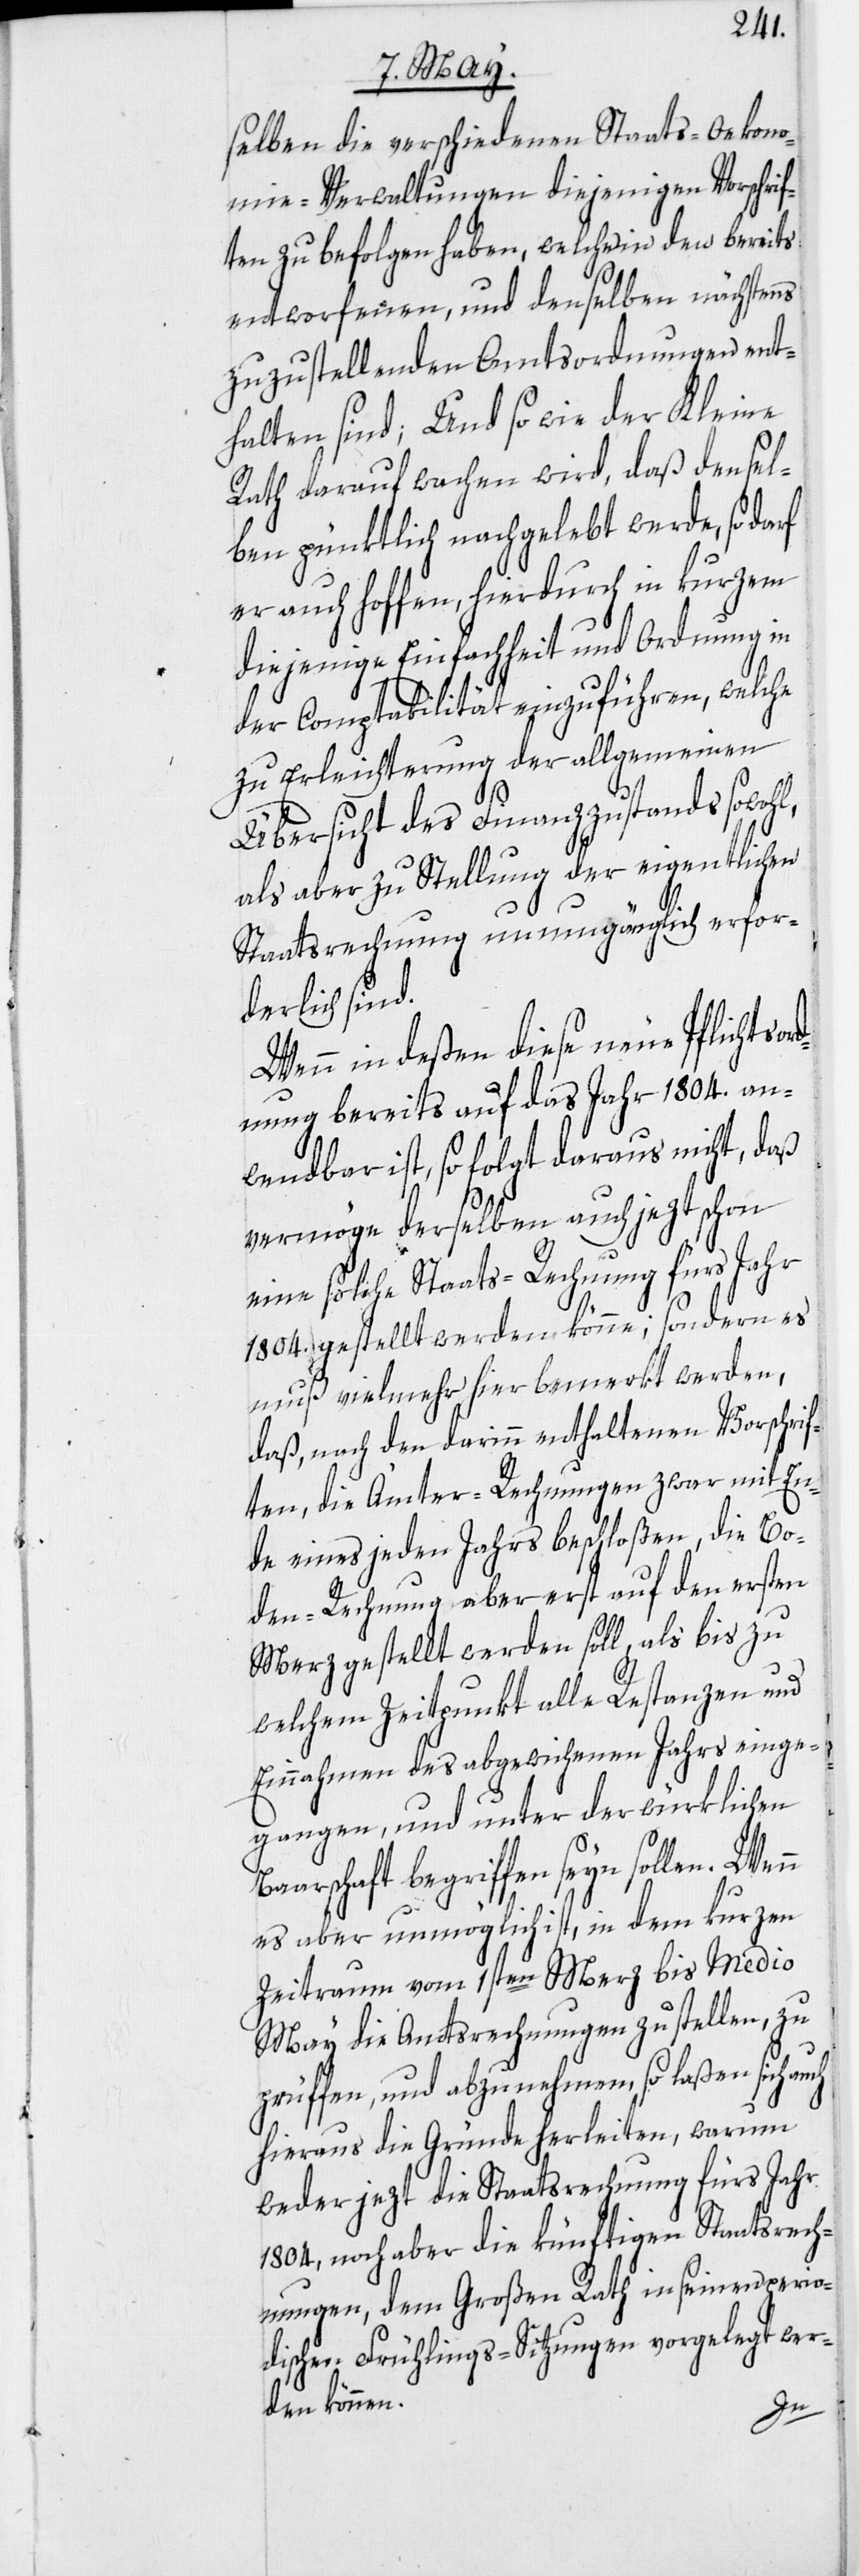
selben die verschiedenen Staats-Oekono¬
mie-Verwaltungen diejenigen Vorschrif¬
ten zu befolgen haben, welche in den bereits
entworfenen, und denselben nächstens
zuzustellenden Amtsordnungen ent¬
halten sind; Und so wie der Kleine
Rath darauf wachen wird, daß densel¬
ben pünktlich nachgelebt werde, so darf
er auch hoffen, hierdurch in kurzem
diejenige Einfachheit und Ordnung in
der Comptabilität einzuführen, welche
zu Erleichterung der allgemeinen
Übersicht des Finanzzustands sowohl,
als aber zu Stellung der eigentlichen
Staatsrechnung unumgänglich erfor¬
derlich sind.
Wenn indeßen diese neue Pflichtsord¬
nung bereits auf das Jahr 1804. an¬
wendbar ist, so folgt daraus nicht, daß
vermöge derselben auch jezt schon
eine solche Staats-Rechnung fürs Jahr
1804. gestellt werden könne; sondern es
muß vielmehr hier bemerkt werden,
daß, nach den darinn enthaltenen Vorschrif¬
ten, die Ämter-Rechnungen zwar mit En¬
de eines jeden Jahrs beschloßen, die Bo¬
den-Rechnung aber erst auf den ersten
Merz gestellt werden soll, als bis zu
welchem Zeitpunkt alle Restanzen und
Einnahmen des abgewichenen Jahrs einge¬
gangen, und unter der würklichen
Baarschaft begriffen seyn sollen. Wenn
es aber unmöglich ist, in dem kurzen
Zeitraum vom 1sten Merz bis Medio
May die Amtsrechnungen zu stellen, zu
prüffen, und abzunehmen, so laßen sich auch
hieraus die Gründe herleiten, warum
weder jezt die Staatsrechnung fürs Jahr
1804, noch aber die künftigen Staatsrech¬
nungen, dem Großen Rath in seinen perio¬
dischen Frühlings-Sitzungen vorgelegt wer¬
den können.